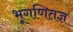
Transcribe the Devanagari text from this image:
भूगणितज्ञ